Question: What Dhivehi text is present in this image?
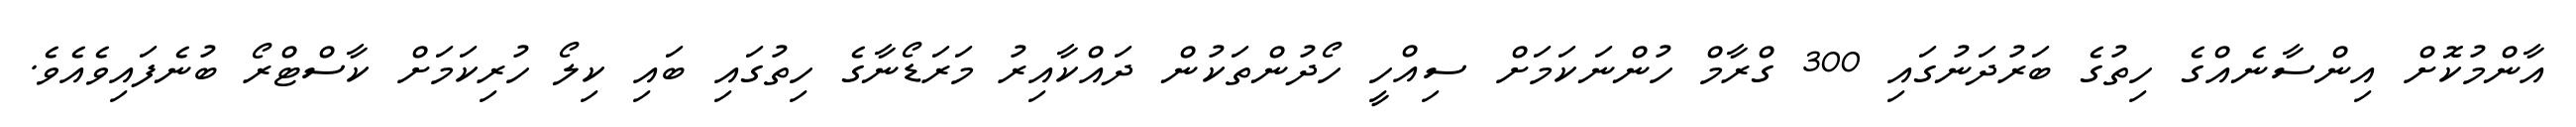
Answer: އާންމުކޮށް އިންސާނެއްގެ ހިތުގެ ބަރުދަނުގައި 300 ގްރާމް ހުންނަކަމަށް ސިއްހީ ހޯދުންތަކުން ދައްކާއިރު މަރަޑޯނާގެ ހިތުގައި ބައި ކިލޯ ހުރިކަމަށް ކާސްޓްރޯ ބުނެފައިވެއެވެ.